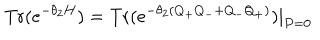
\mathrm { T r } ( e ^ { - \theta _ { 2 } H } ) = \mathrm { T r } ( e ^ { - \theta _ { 2 } ( Q _ { + } Q _ { - } + Q _ { - } Q _ { + } ) } ) | _ { P = 0 }